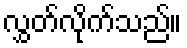
လွှတ်လိုက်သည်။